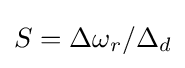
S=\Delta \omega _{r}/\Delta _{d}